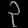
Digit: ၃